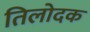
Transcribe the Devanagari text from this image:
तिलोदक